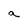
Character: a